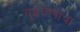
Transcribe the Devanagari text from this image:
बुद्धघोषाचा